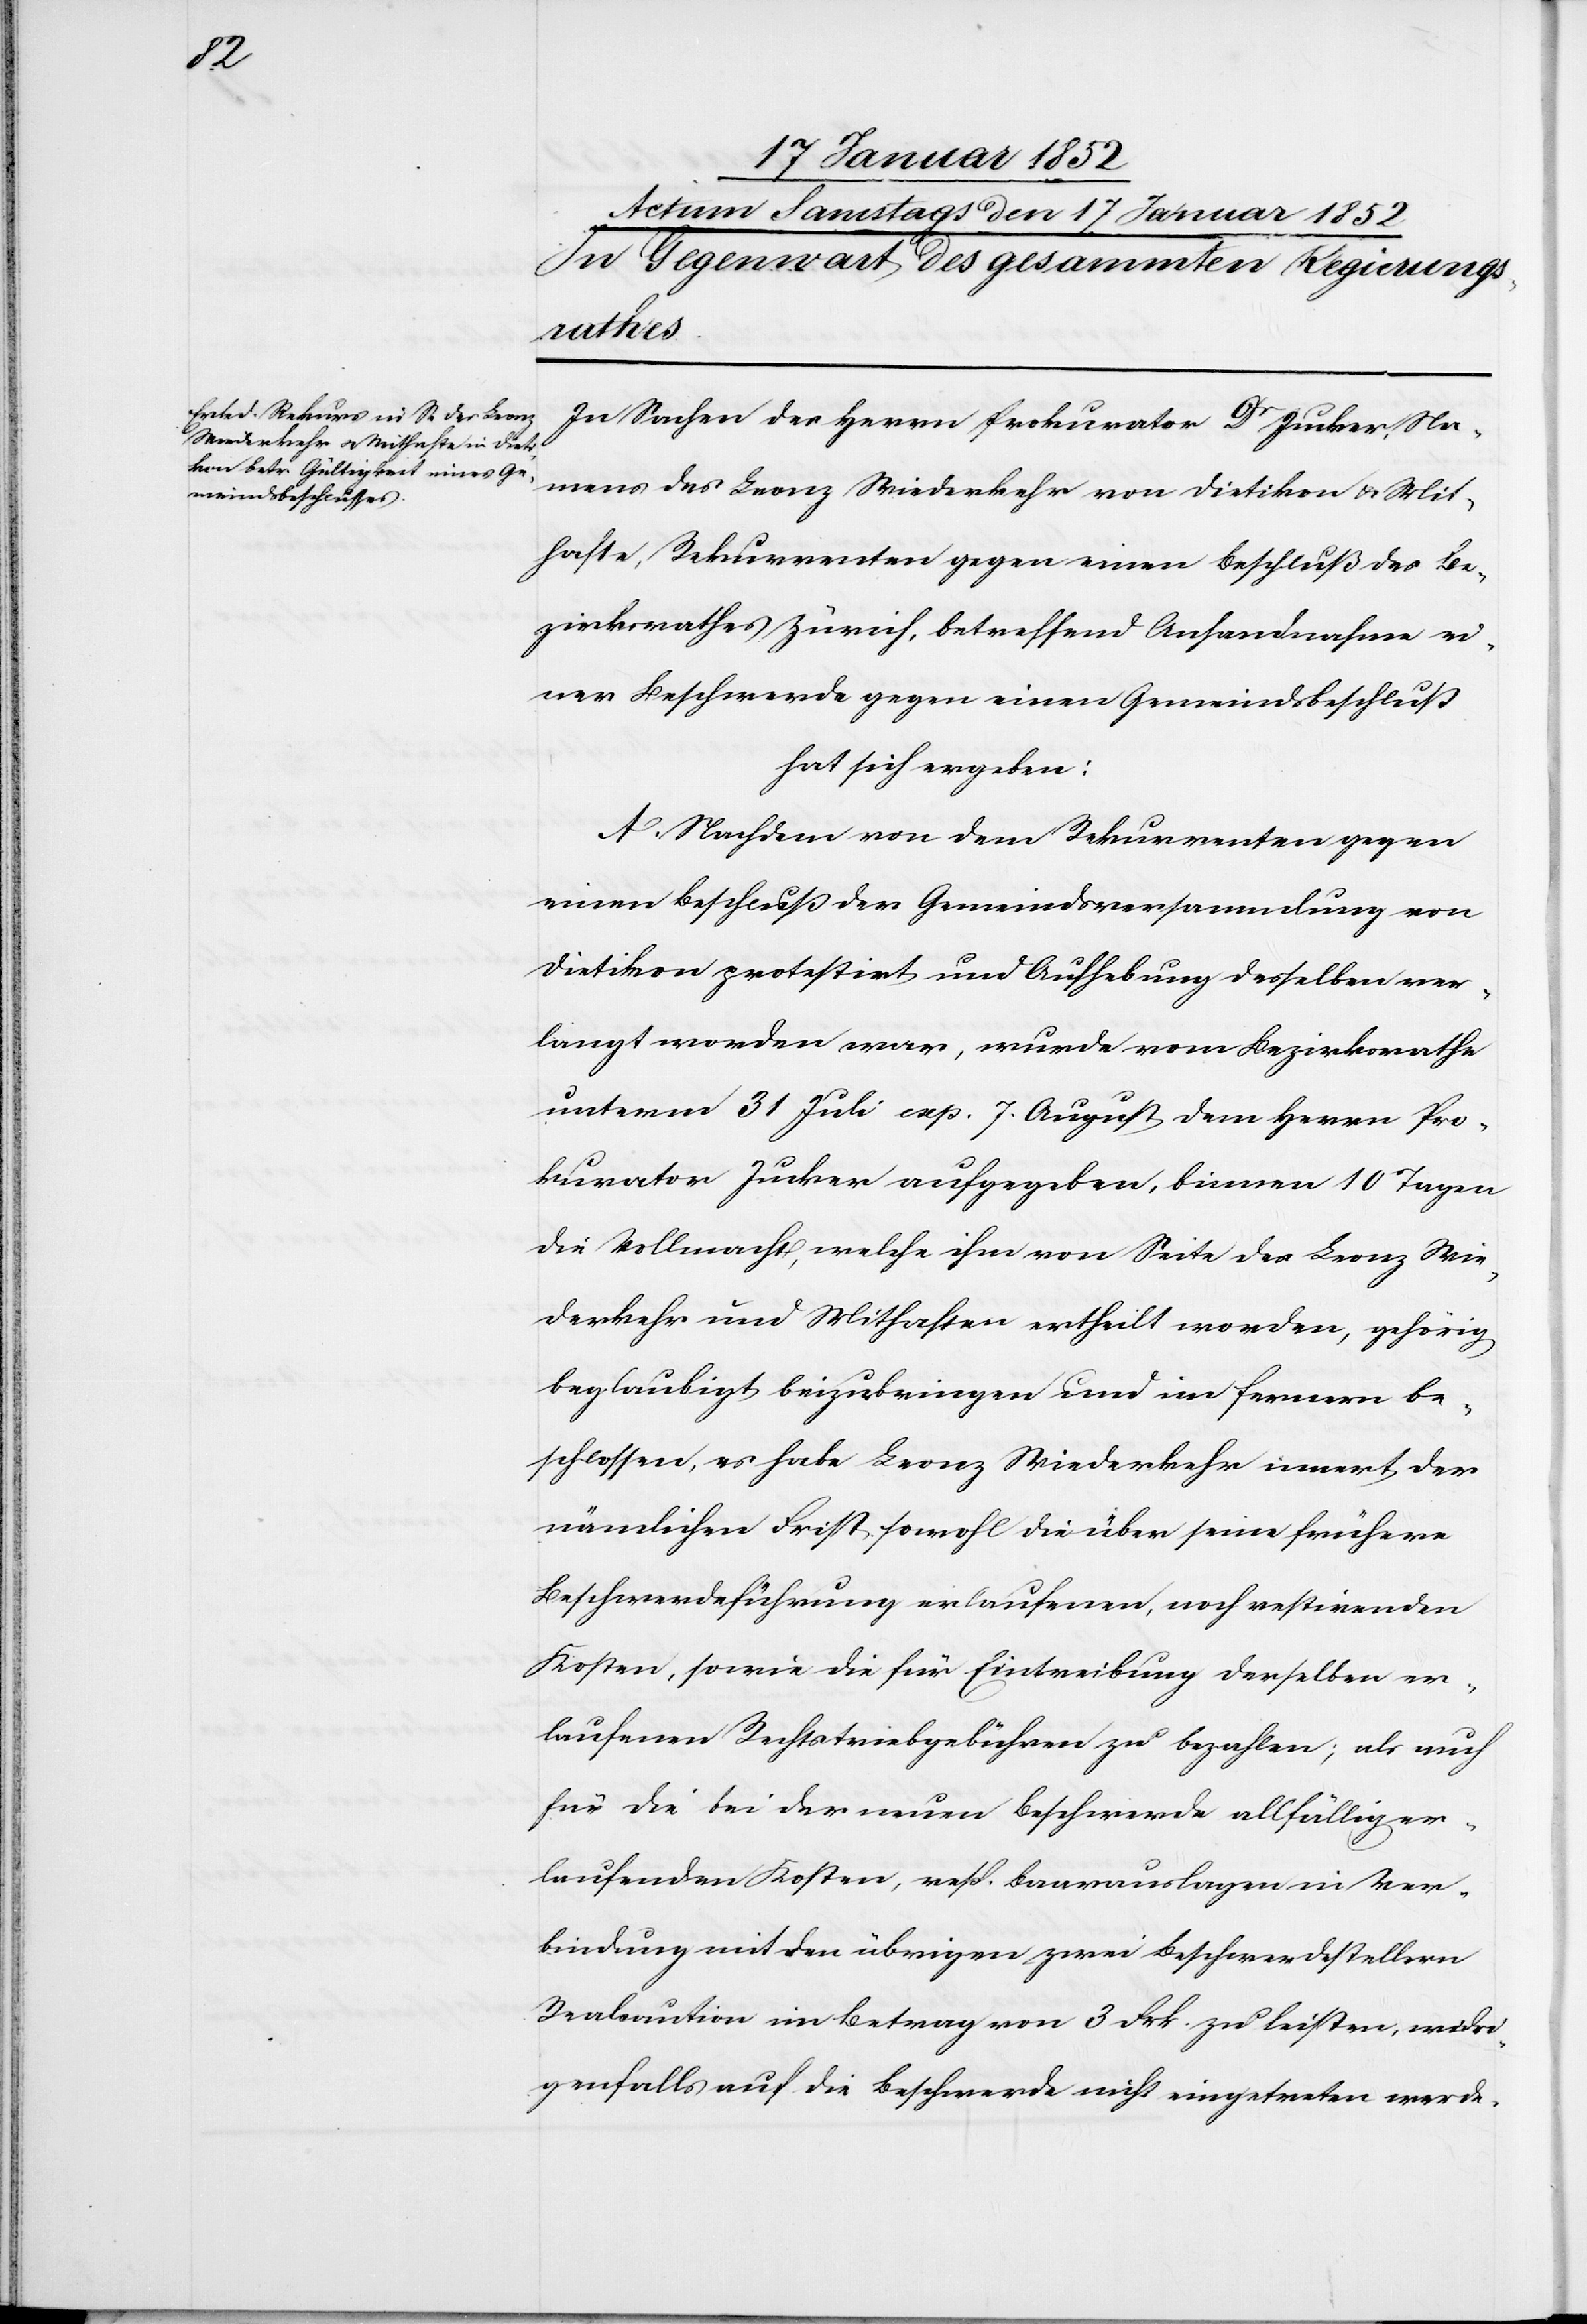
In Sachen des Herrn Prokurator Dr Jucker Na¬
mens des Leonz Wiederkehr von Dietikon u. Mit¬
hafte, Rekurrenten gegen einen Beschluß des Be¬
zirksrathes Zürich, betreffend Anhandnahme ei¬
ner Beschwerde gegen einen Gemeindsbeschluß
hat sich ergeben:
A. Nachdem von dem Rekurrenten gegen
einen Beschluß der Gemeindsversammlung von
Dietikon protestirt und Aufhebung desselben ver¬
langt worden war, wurde vom Bezirksrathe
unterm 31 Juli exp. 7. August, dem Herrn Pro¬
kurator Jucker aufgegeben, binnen 10 Tagen
die Vollmacht, welche ihm von Seite des Leonz Wie¬
derkehr und Mithaften ertheilt worden, gehörig
beglaubigt, beyzubringen und im fernern be¬
schlossen, es habe Leonz Wiederkehr innert der
nämlichen Frist, sowohl die über seine frühere
Beschwerdeführung erlaufenen, noch restirenden
Kosten, sowie die für Eintreibung derselben er¬
laufenen Rechtstriebsgebühren zu bezahlen; als auch
für die bei der neuen Beschwerde allfällig er¬
laufenden Kosten, resp. Baarauslagen in Ver¬
bindung mit den übrigen zwei Beschwerdestellern
Realcaution im Betrag von 3 Frk. zu leisten, widri¬
genfalls auf die Beschwerde nicht eingetreten werde.